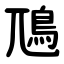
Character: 䲫